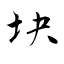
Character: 块